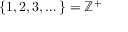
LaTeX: \{ 1 , 2 , 3 , \dots \} = \mathbb { Z } ^ { + }